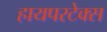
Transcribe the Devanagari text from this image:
हायपरटेक्स